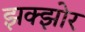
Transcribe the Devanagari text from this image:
झक्झोर